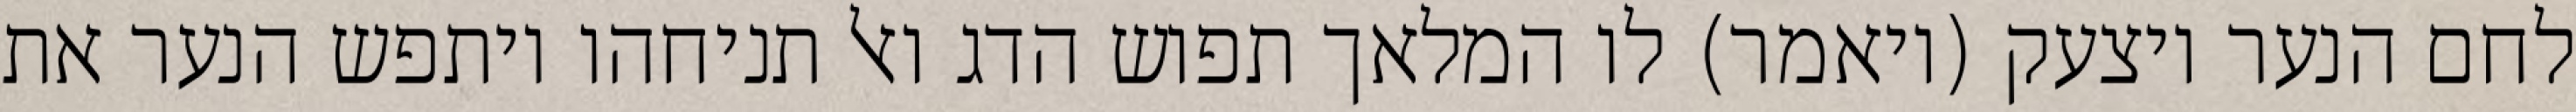
לחם הנער ויצעק (ויאמר) לו המלאך תפוש הדג ואל תניחהו ויתפש הנער את